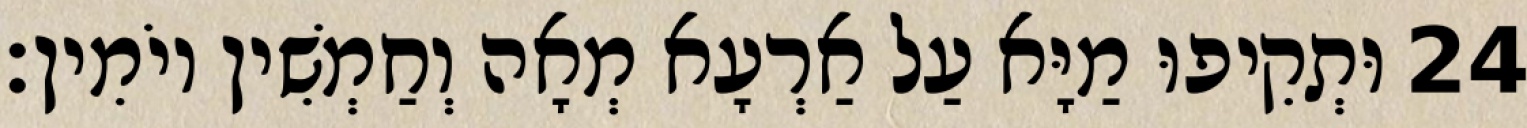
24 וּתְקִיפוּ מַיָּא עַל אַרְעָא מְאָה וְחַמְשִׁין יוֹמִין׃